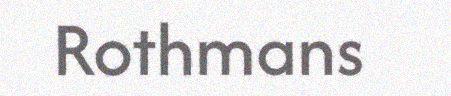
Rothmans